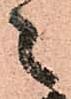
々